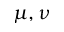
\mu , \nu